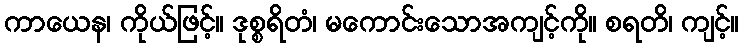
ကာယေန၊ ကိုယ်ဖြင့်။ ဒုစ္စရိတံ၊ မကောင်းသောအကျင့်ကို။ စရတိ၊ ကျင့်။